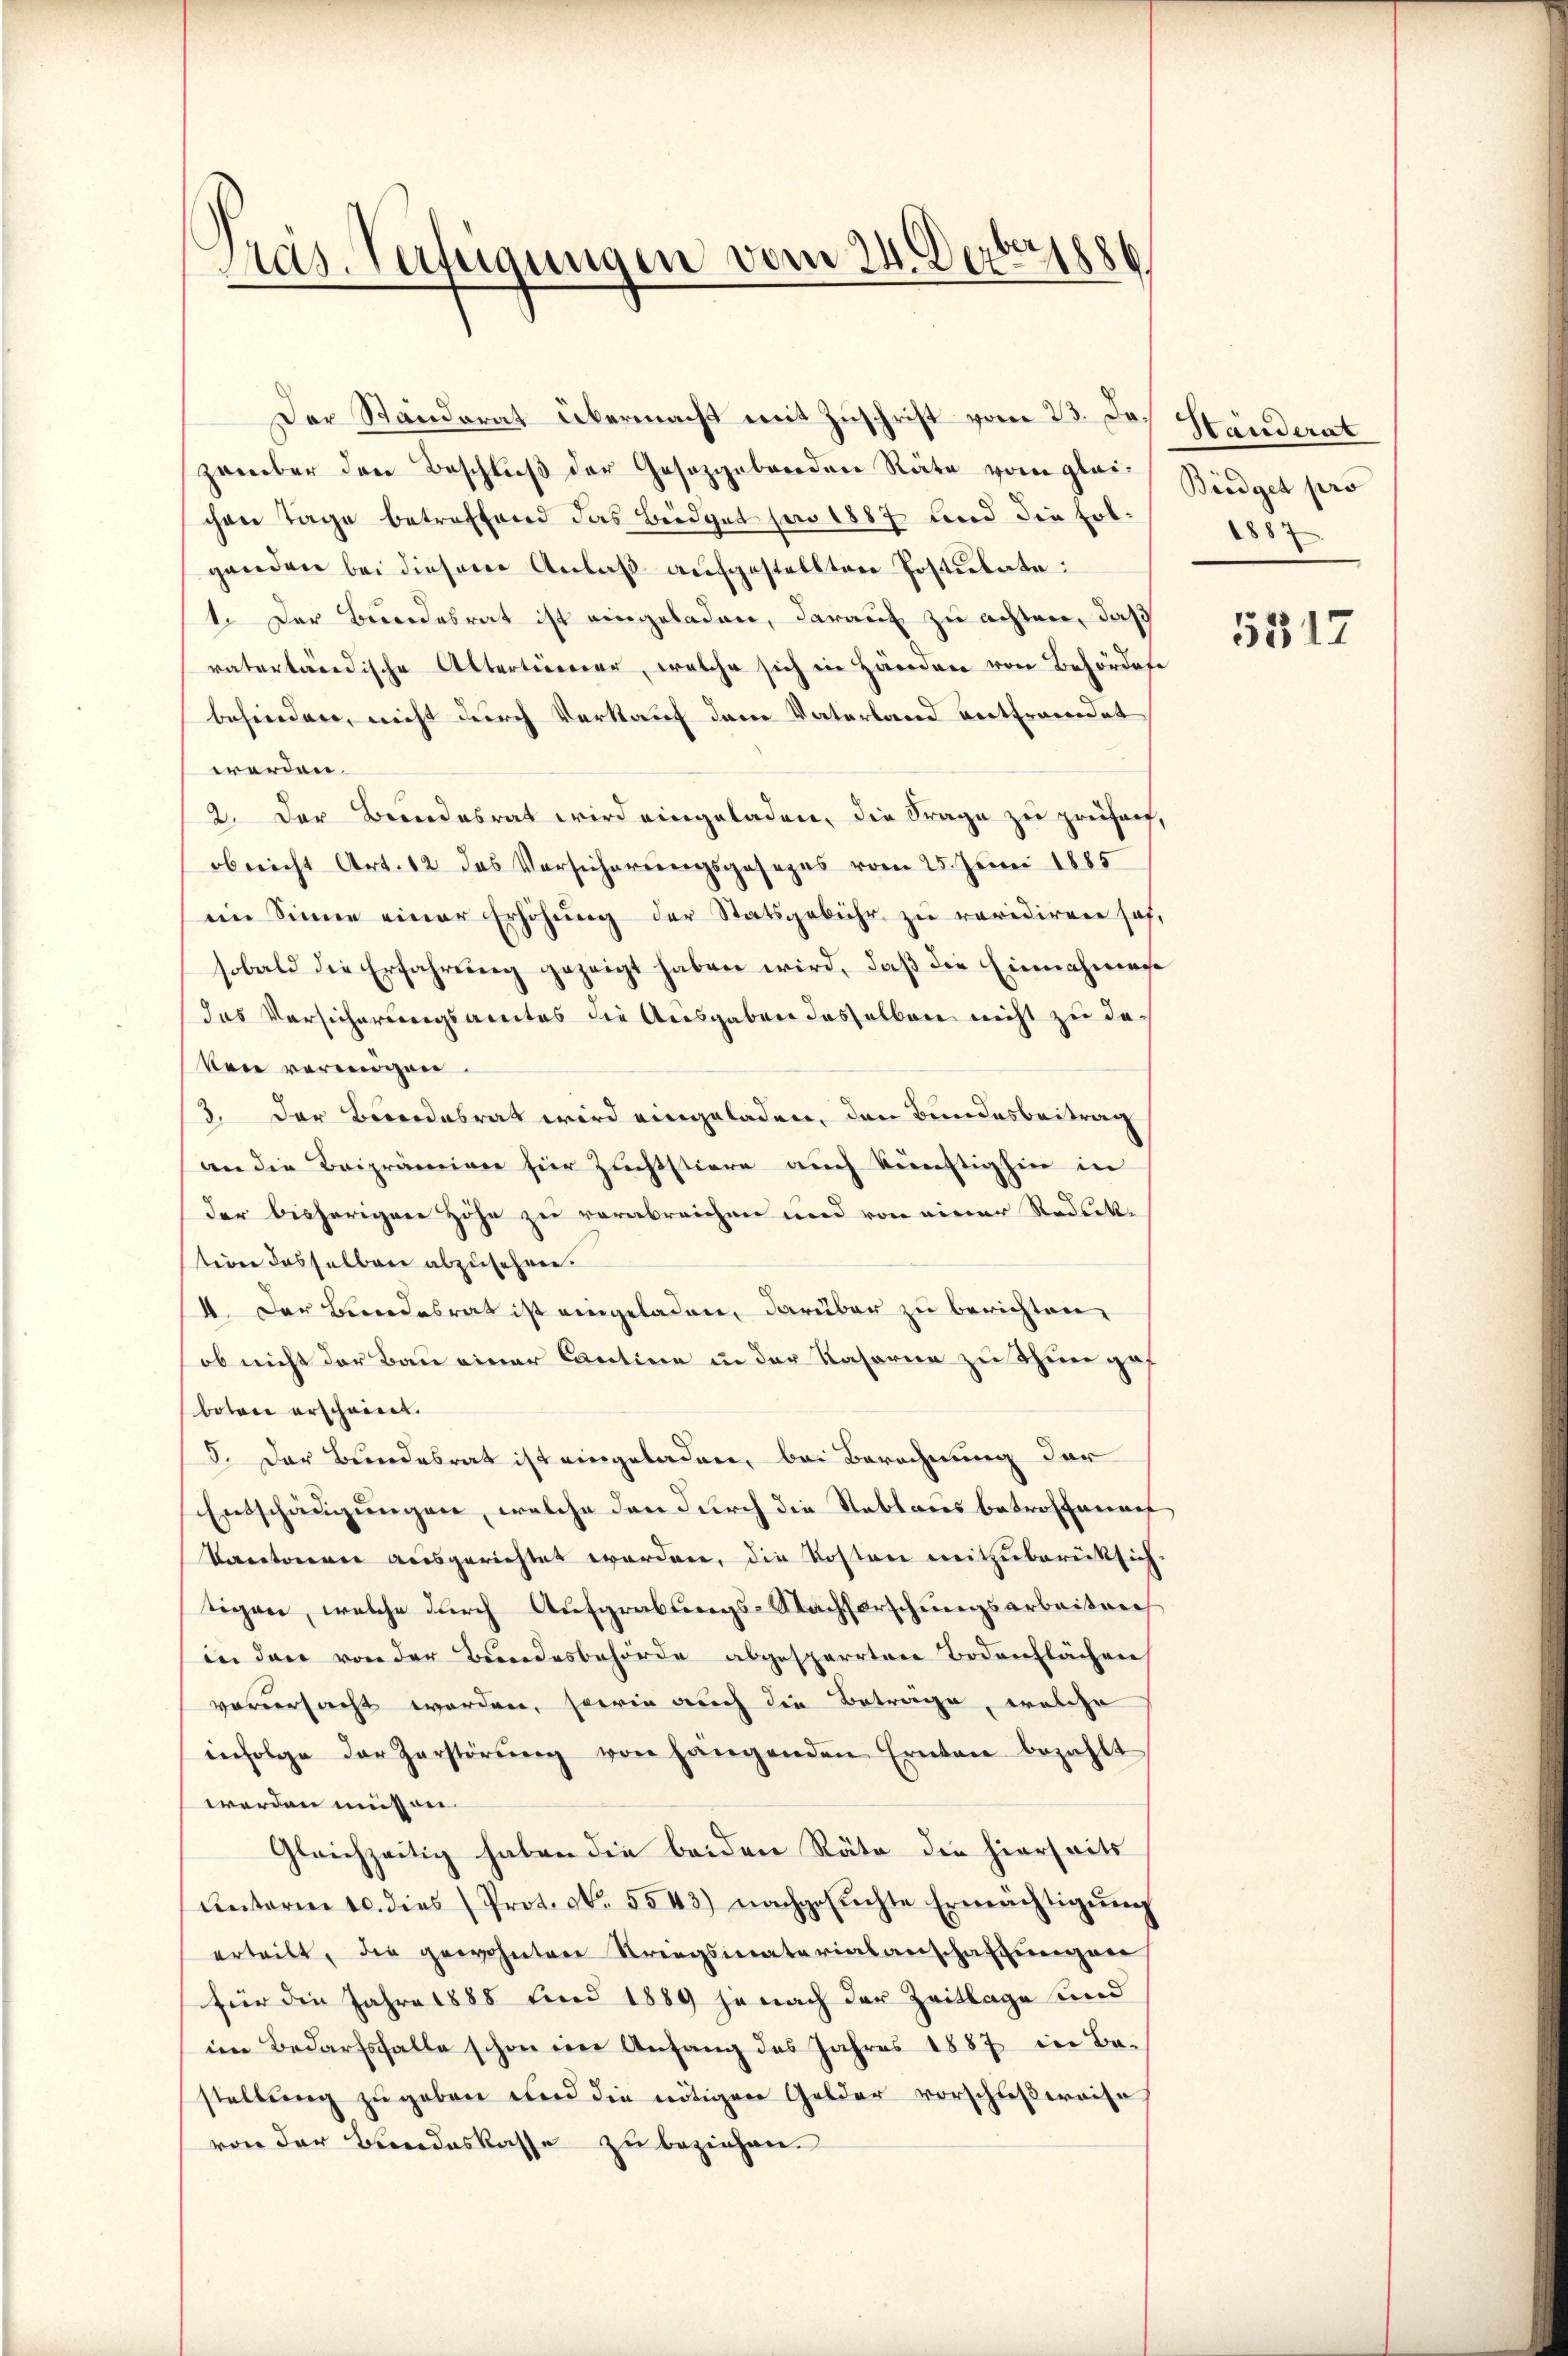
Pras. Verfügungen vom 24. Decbr 1886

zember den Beschluß der Gesetzgebenden Räte vom gleichen Tage betreffend das Büdget son 1887 und die Folgenden bei diesem Anlaß aufgestellten Postulate:
1. Der Bundesrat ist eingeladen, darauf zu achten, daß
vaterländische Altertümer, welche sich in Händen von Behördere
behindere, nicht durch Verkauf dem Vaterland entfremdet
werden.
2. Der Beendesrat wird eingeladen, die Frage zu prüforf,
obericht Art. 12 das Vorsicherungsgesezes vom 25. Juni 1885
ein Sinne einer Erhöhung der Statsgebühr zu revidiren hof,
sobald die Erfahrung gezeigt haben wird, daß die Einnahmene
das Versicherungsamtes die Ausgaben desselben nicht zu de
ken verungen.
3. Der Bundesrat wird eingeladen, den Bundesbeitrag
an die Beiprämien für Zuchtstiere auch künftighin in
der bisherigen Höhe zu verabreichen und von einer Reduktion desselben abzusehren.
II. Der Bundesrat ist eingeladen, darüber zu berichten,
ob nicht der Bau einer Cantine in der Kasorna zu thuer geboten erscheint.
5. Der Bundesrat ist eingeladen, bei Berechnung der
Entschäugungen, welche den durch die Reblaus betroffenauf
oretieren ausgerichtet worden, die Kosten mitzuberücksichtigen, welche durch Aufgrabungs-Nachforschungsarbeiten
in den von der Bundesbehörde abgesperrten Bodenflächen
verursacht worden, sowie auch die Betrage, welche
infolge der Zerstörŭng von hängenden Ernten bezahlt
werden müssen.
Gleichzeitig haben die beiden Räte die hierseits
Unterm 10. dies (Prot. N. 5543) nachgesŭchte Ermächtigŭng
erteilt, die gewohnten Kriegsmaterialanschaftungen
für die Jahre 1888 find 1889 je nach der Zeitlage und
im Bedarfsfalle schon ein Anfang des Jahres 1887 in Ba-
stellung zugeben und die nötigen Gelder vorschießereise
von der Bundeskasse zu beziehen.

Der Standorat übermacht mit Zuschrift vom 23. des Händerat

Büdget pro
887

5517